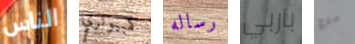
الناس كمبيوتري رساله باربي من